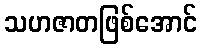
သဟဇာတဖြစ်အောင်